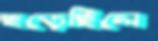
ছড়েছিলে